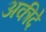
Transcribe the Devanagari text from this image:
अकीदे